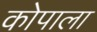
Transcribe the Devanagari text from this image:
कोपाला